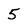
Character: 5